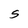
Character: S